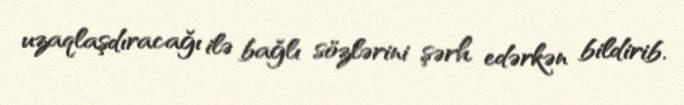
uzaqlaşdıracağı ilə bağlı sözlərini şərh edərkən bildirib.